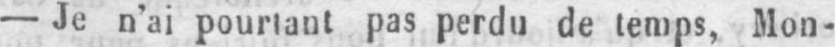
- Je n’ai pourtant pas perdu de temps, Mon-